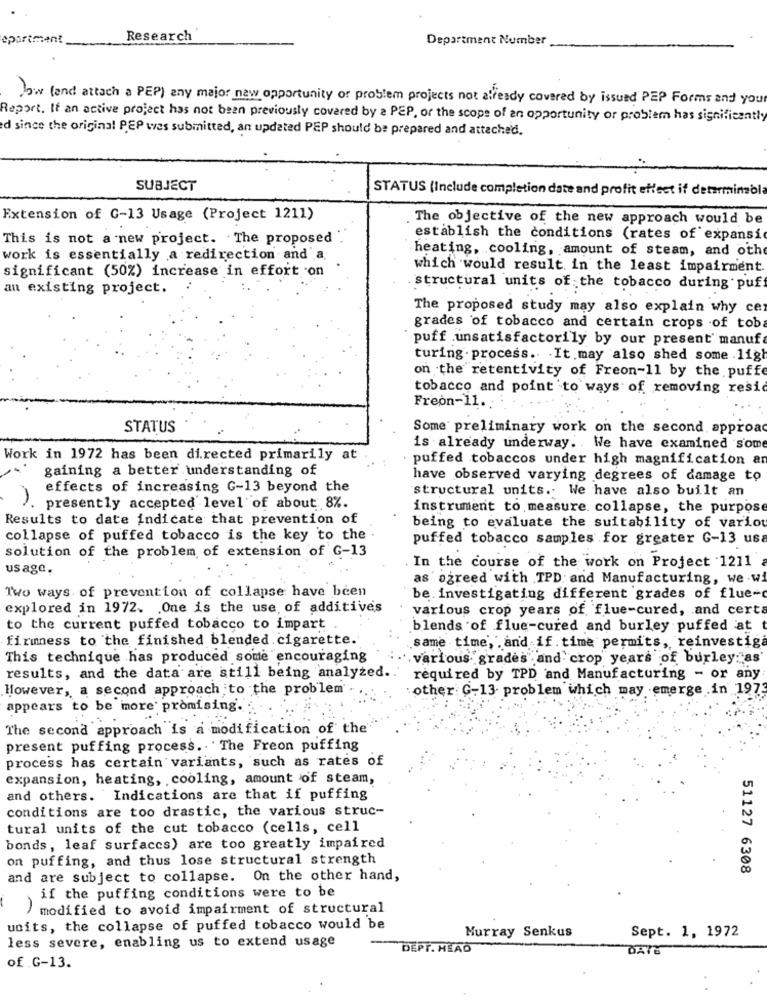
apartment
Research
Department Number
w (and attach a PEP) any major new opportunity or problem projects not already covered by issued PEP Forms and your
Report. If an active project has not been previously covered by a PEP, or the scope of an opportunity or problem has significantly
d since the original PEP was submitted, an updated PEP should be prepared and attached.
SUBJECT
STATUS (Include completion date and profit effect if determinsola
Extension of C-13 Usage (Project 1211)
The objective of the new approach would be
This is not a new project. The proposed
establish the conditions (rates of expansi
heating, cooling, amount of steam, and oth
work is essentially a redirection and a
significant (50%) increase in effort on
which would result in the least impairment
an existing project.
.structural units of the tobacco during puff
The proposed study may also explain why cer
grades of tobacco and certain crops of tob
puff unsatisfactorily by our present' manuf
turing process .. . It may also shed some ligh
on the retentivity of Freon-11 by the puffe
tobacco and point to ways of removing resid
Freon-11.
STATUS
Some preliminary work on the second approa
is already underway. . We have examined some
Work in 1972 has been directed primarily at
puffed tobaccos under high magnification ar
gaining a better understanding of
have observed varying degrees of damage to
effects of increasing G-13 beyond the
structural units. We have also built an
. presently accepted level of about 8%.
instrument to measure collapse, the purpose
Results to date indicate that prevention of
being to evaluate the suitability of vario
collapse of puffed tobacco is the key to the
puffed tobacco samples for greater G-13 usa
solution of the problem of extension of G-13
usage,
In the course of the work on Project 1211
as agreed with TPD: and Manufacturing, we .w.
Two ways of prevention of collapse have been
be. investigating different grades of flue-
explored in 1972. . One is the use of additives
various crop years of flue-cured, and certa
to the current puffed tobacco to impart .
blends of flue-cured and burley puffed at
firmness to the finished blended.cigarette.
same time, . and if.time permits, reinvestiga
This technique has produced some encouraging
various grades and crop years of burley "as
results, and the data are still being analyzed.
required by TPD and Manufacturing - or any
However, a second approach to the problem'
other G-13 problem which may emerge .in 197
appears to be more' promising.
The second approach is a modification of the
present puffing process. The Freon puffing
process has certain variants, such as rates of
expansion, heating, cooling, amount of steam,
and others. Indications are that if puffing
conditions are too drastic, the various struc-
tural units of the cut tobacco (cells, cell
bonds, leaf surfaccs) are too greatly impaired
on puffing, and thus lose structural strength
51127 6308
and are subject to collapse. On the other hand,
if the puffing conditions were to be
) modified to avoid impairment of structural
units, the collapse of puffed tobacco would be
Murray Senkus
less severe, enabling us to extend usage
Sept. 1, 1972
DEPT. HEAO
DAYS
of G-13.